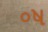
૦ષ